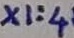
Text: X1:4